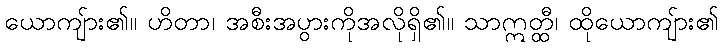
ယောကျ်ား၏။ ဟိတာ၊ အစီးအပွားကိုအလိုရှိ၏။ သာဣတ္ထီ၊ ထိုယောကျ်ား၏